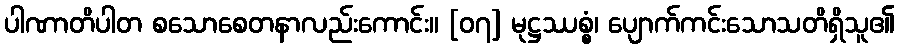
ပါဏာတိပါတ စသောစေတနာလည်းကောင်း။ [၀၇] မုဋ္ဌဿစ္စံ၊ ပျောက်ကင်းသောသတိရှိသူ၏